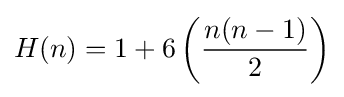
H(n)=1+6\left({\frac {n(n-1)}{2}}\right)